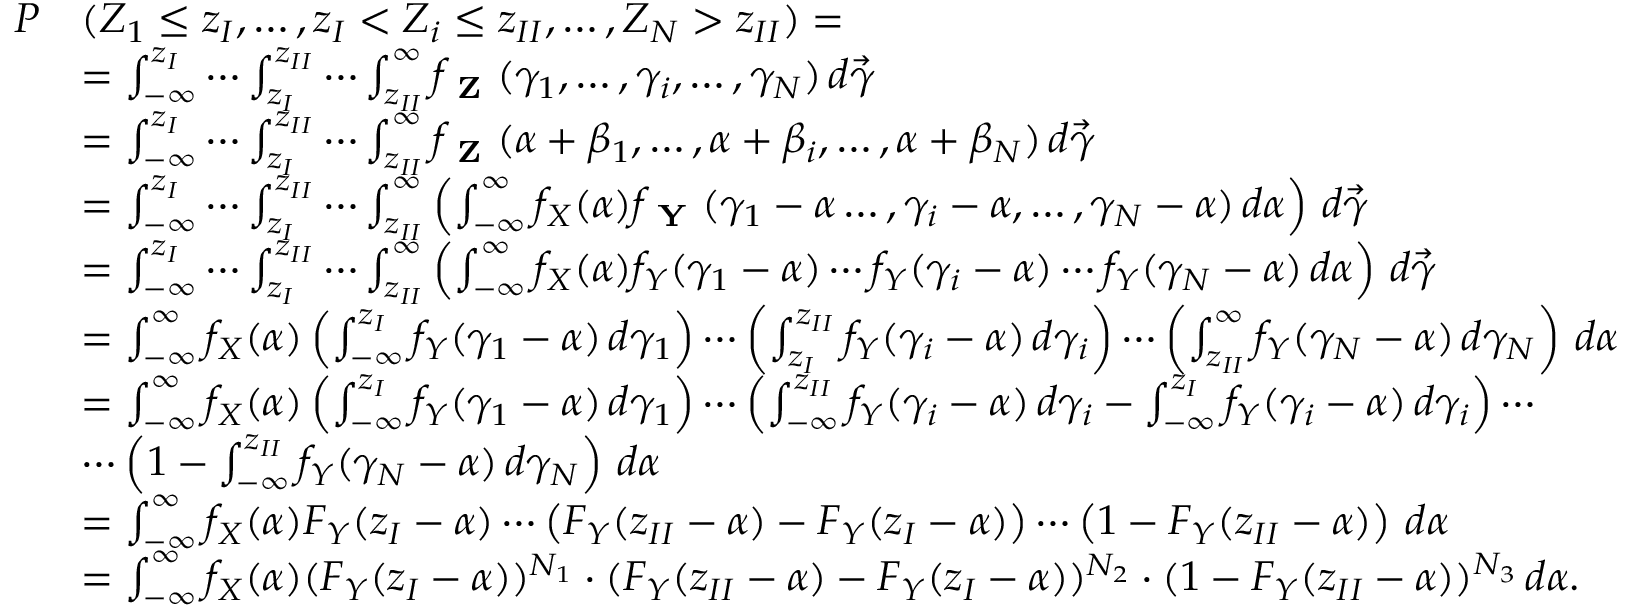
\begin{array} { r l } { P } & { ( Z _ { 1 } \leq z _ { I } , \dotsc , z _ { I } < Z _ { i } \leq z _ { I I } , \dotsc , Z _ { N } > z _ { I I } ) = } \\ & { = \int _ { - \infty } ^ { z _ { I } } \dotsm \int _ { z _ { I } } ^ { z _ { I I } } \dotsm \int _ { z _ { I I } } ^ { \infty } f _ { \textbf { Z } } ( { \gamma } _ { 1 } , \dotsc , { \gamma } _ { i } , \dotsc , { \gamma } _ { N } ) \, d \vec { \gamma } } \\ & { = \int _ { - \infty } ^ { z _ { I } } \dotsm \int _ { z _ { I } } ^ { z _ { I I } } \dotsm \int _ { z _ { I I } } ^ { \infty } f _ { \textbf { Z } } ( \alpha + { \beta } _ { 1 } , \dotsc , \alpha + { \beta } _ { i } , \dotsc , \alpha + { \beta } _ { N } ) \, d \vec { \gamma } } \\ & { = \int _ { - \infty } ^ { z _ { I } } \dotsm \int _ { z _ { I } } ^ { z _ { I I } } \dotsm \int _ { z _ { I I } } ^ { \infty } \left( \int _ { - \infty } ^ { \infty } f _ { X } ( \alpha ) f _ { \textbf { Y } } ( { \gamma } _ { 1 } - \alpha \dotsc , { \gamma } _ { i } - \alpha , \dotsc , { \gamma } _ { N } - \alpha ) \, d \alpha \right) \, d \vec { \gamma } } \\ & { = \int _ { - \infty } ^ { z _ { I } } \dotsm \int _ { z _ { I } } ^ { z _ { I I } } \dotsm \int _ { z _ { I I } } ^ { \infty } \left( \int _ { - \infty } ^ { \infty } f _ { X } ( \alpha ) f _ { Y } ( { \gamma } _ { 1 } - \alpha ) \dotsm f _ { Y } ( { \gamma } _ { i } - \alpha ) \dotsm f _ { Y } ( { \gamma } _ { N } - \alpha ) \, d \alpha \right) \, d \vec { \gamma } } \\ & { = \int _ { - \infty } ^ { \infty } f _ { X } ( \alpha ) \left( \int _ { - \infty } ^ { z _ { I } } f _ { Y } ( { \gamma } _ { 1 } - \alpha ) \, d { \gamma } _ { 1 } \right) \dotsm \left( \int _ { z _ { I } } ^ { z _ { I I } } f _ { Y } ( { \gamma } _ { i } - \alpha ) \, d { \gamma } _ { i } \right) \dotsm \left( \int _ { z _ { I I } } ^ { \infty } f _ { Y } ( { \gamma } _ { N } - \alpha ) \, d { \gamma } _ { N } \right) \, d \alpha } \\ & { = \int _ { - \infty } ^ { \infty } f _ { X } ( \alpha ) \left( \int _ { - \infty } ^ { z _ { I } } f _ { Y } ( { \gamma } _ { 1 } - \alpha ) \, d { \gamma } _ { 1 } \right) \dotsm \left( \int _ { - \infty } ^ { z _ { I I } } f _ { Y } ( { \gamma } _ { i } - \alpha ) \, d { \gamma } _ { i } - \int _ { - \infty } ^ { z _ { I } } f _ { Y } ( { \gamma } _ { i } - \alpha ) \, d { \gamma } _ { i } \right) \dotsm } \\ & { \dotsm \left( 1 - \int _ { - \infty } ^ { z _ { I I } } f _ { Y } ( { \gamma } _ { N } - \alpha ) \, d { \gamma } _ { N } \right) \, d \alpha } \\ & { = \int _ { - \infty } ^ { \infty } f _ { X } ( \alpha ) F _ { Y } ( z _ { I } - \alpha ) \dotsm \left( F _ { Y } ( z _ { I I } - \alpha ) - F _ { Y } ( z _ { I } - \alpha ) \right) \dotsm \left( 1 - F _ { Y } ( z _ { I I } - \alpha ) \right) \, d \alpha } \\ & { = \int _ { - \infty } ^ { \infty } f _ { X } ( \alpha ) ( F _ { Y } ( z _ { I } - \alpha ) ) ^ { N _ { 1 } } \cdot ( F _ { Y } ( z _ { I I } - \alpha ) - F _ { Y } ( z _ { I } - \alpha ) ) ^ { N _ { 2 } } \cdot ( 1 - F _ { Y } ( z _ { I I } - \alpha ) ) ^ { N _ { 3 } } \, d \alpha . } \end{array}